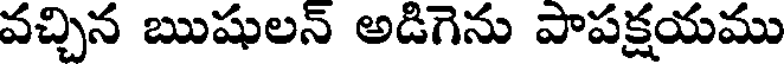
వచ్చిన ఋషులన్ అడిగెను పాపక్షయము